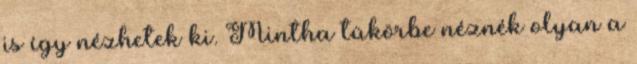
is így nézhetek ki. Mintha tükörbe néznék olyan a